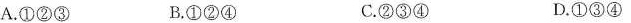
A.①②③ B.①②④ C.②③④ D.①③④